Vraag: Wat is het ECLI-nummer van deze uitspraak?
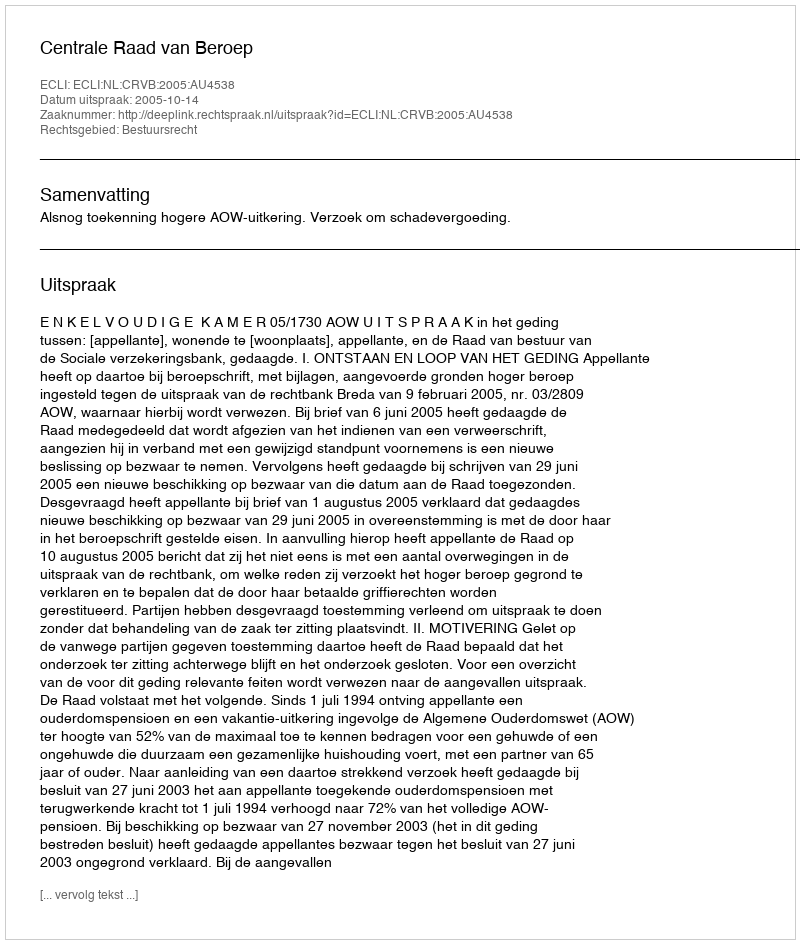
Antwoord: ECLI:NL:CRVB:2005:AU4538